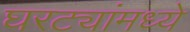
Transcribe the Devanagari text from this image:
घरट्यांमध्ये